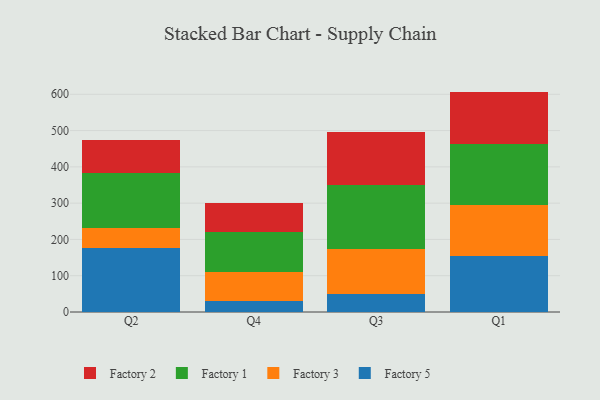
{"axis": {"x": "Quarter", "y": "Website Visitors"}, "legend": ["Factory 1", "Factory 2", "Factory 3", "Factory 5"], "data": [{"x": "Q2", "y": 177.2, "type": "Factory 5"}, {"x": "Q2", "y": 54.2, "type": "Factory 3"}, {"x": "Q2", "y": 152.1, "type": "Factory 1"}, {"x": "Q2", "y": 90.2, "type": "Factory 2"}, {"x": "Q4", "y": 31.7, "type": "Factory 5"}, {"x": "Q4", "y": 78.6, "type": "Factory 3"}, {"x": "Q4", "y": 110.0, "type": "Factory 1"}, {"x": "Q4", "y": 80.1, "type": "Factory 2"}, {"x": "Q3", "y": 50.8, "type": "Factory 5"}, {"x": "Q3", "y": 123.7, "type": "Factory 3"}, {"x": "Q3", "y": 174.5, "type": "Factory 1"}, {"x": "Q3", "y": 148.3, "type": "Factory 2"}, {"x": "Q1", "y": 154.8, "type": "Factory 5"}, {"x": "Q1", "y": 139.8, "type": "Factory 3"}, {"x": "Q1", "y": 168.4, "type": "Factory 1"}, {"x": "Q1", "y": 144.4, "type": "Factory 2"}]}